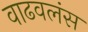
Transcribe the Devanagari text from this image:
वाढवलंस